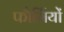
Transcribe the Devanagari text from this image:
फौर्मियों